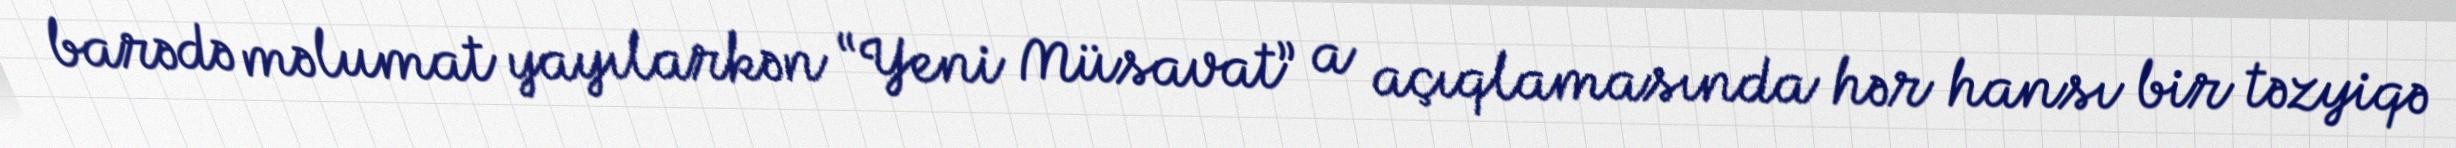
barədə məlumat yayılarkən “Yeni Müsavat” a açıqlamasında hər hansı bir təzyiqə